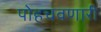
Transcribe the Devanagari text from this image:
पोहचवणारी